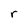
Character: r